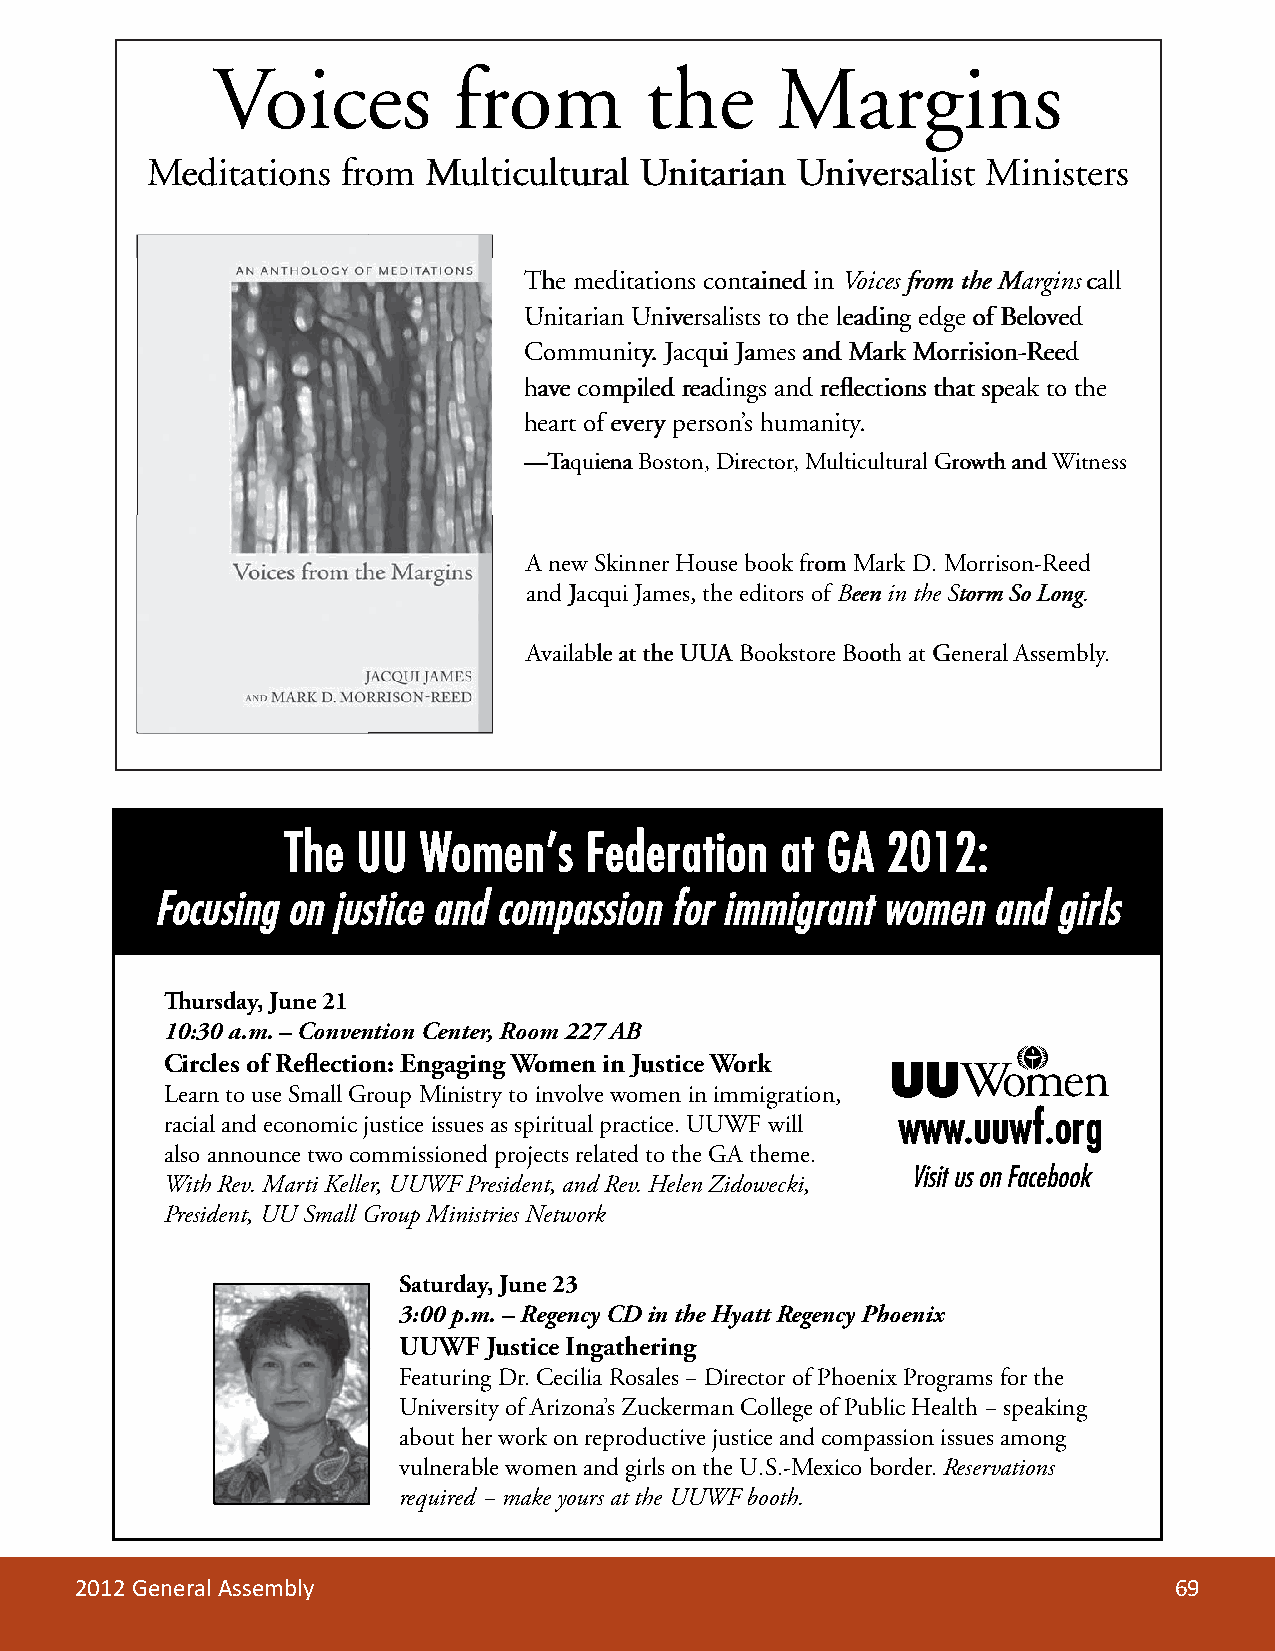
VVVoooiicceess  ffrroomm     tthhee  MMaaarrggiinnss
 MMeeddiittaattiioonnss ffrrooomm MMuullttiiccuullttuurraalll UUnniittaarriiaann UUnniivveeerrssaalliisstt MMiinniisstteerrss
 TThhee mmeeddiiittaattiioonnss ccoonnttaaiinneedd iinn VVVoooiiccceess ffrrrooomm tthhee MMMaaarrggiinnsss ccaallll
 UUnniittaarriiaann UUnniivveerrssaalliissttss ttoo tthhee lleeaaddiiinngg eeddggee ooff BBeelloovveedd
 CCoommmmuunnniittyyy... JJaaccqquuii JJaammeess aanndd MMaaarrkk MMoorrrriissiioonn--RReeeedd
 hhaavvee ccoommpppiilleedd rreeaaddiinnggss aanndd rreeflfleecctttiioonnss tthhaatt ssppeeaakk ttoo tthhee
 hheeaarrtt ooff eevvveerryy ppeerrssoonn’’ss hhuummaanniittyyy...
 ——TTTaaaqquuiieennaaa BBoossttoonn,, DDiirreeccttoorr,, MMuullttiiccuulllttuurraall GGrroowwtthh aanndd WWWiiittnneessss
 AA nneeww SSkkiinnnneerr HHoouussee bbooookk ffrroomm MMaaarrkk DD.. MMoorrrriissoonn--RRReeeeedd
 aanndd JJaaccqquuiii JJaammeess,, tthhee eeddiittoorrss oofff BBeeeennn iinn tthhee SSStttoorrmm SSoo LLoonngg..
 AAAvvvaaiillaabbllee aaatt tthhee UUUUUAAA BBooookkssttoorree BBoooootthh aatt GGeenneerraall AAsssseemmbbllyyy...
 The  UU  Women’s    Federation   at GA  2012:
 Focusing on justice and compassion for immigrant women  and girls
 Thursday, June 21
 10:30 a.m. – Convention Center, Room 227 AB
 Circles of Reflection: Engaging Women in Justice Work
 Learn to use Small Group Ministry to involve women in immigration,
 racial and economic justice issues as spiritual practice. UUWF will www.uuwf.org
 also announce two commissioned projects related to the GA theme.
 Visit us on Facebook
 With Rev. Marti Keller, UUWF President, and Rev. Helen Zidowecki,
 President, UU Small Group Ministries Network
 Saturday, June 23
 3:00 p.m. – Regency CD in the Hyatt Regency Phoenix
 UUWF  Justice Ingathering
 Featuring Dr. Cecilia Rosales − Director of Phoenix Programs for the
 University of Arizona’s Zuckerman College of Public Health − speaking
 about her work on reproductive justice and compassion issues among
 vulnerable women and girls on the U.S.-Mexico border. Reservations
 required − make yours at the UUWF booth.
 2012 General Assembly                                                    69